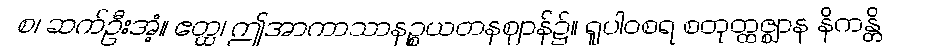
စ၊ ဆက်ဦးအံ့။ ဧတ္ထ၊ ဤအာကာသာနဉ္စယတနဈာန်၌။ ရူပါဝစရ စတုတ္ထဇ္ဈာန နိကန္တိ